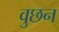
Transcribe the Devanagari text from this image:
वुछन